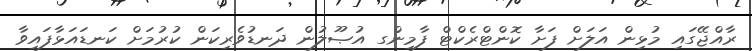
ރާއްޖޭގައި މުޅިން އަލަށް ފަށާ ކޮންޓްރެކްޓް ފާމިންގ އުޞޫލުން ދަނޑުވެރިކަން ކުރުމަށް ކަނޑައަޅާފައިވާ